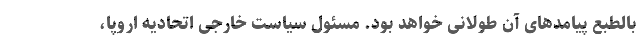
بالطبع پیامدهای آن طولانی خواهد بود. مسئول سیاست خارجی اتحادیه اروپا،